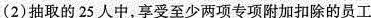
(2)抽取的25人中，享受至少两项专项附加扣除的员工